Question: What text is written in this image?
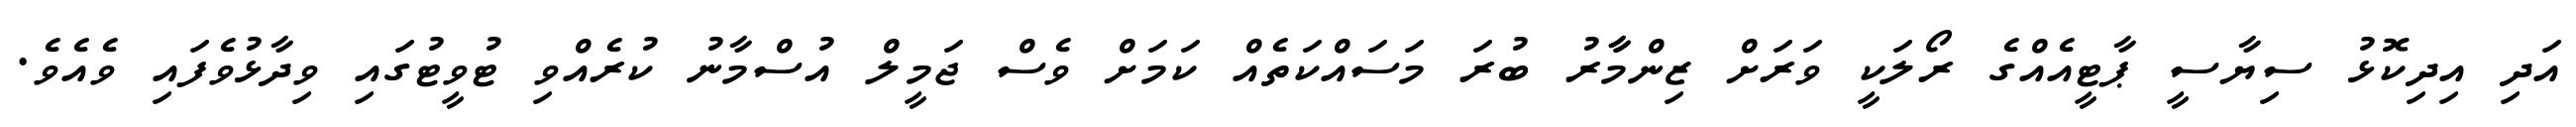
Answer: އަދި އިދިކޮޅު ސިޔާސީ ޕާޓީއެއްގެ ރޯލަކީ ވަރަށް ޒިންމާާރު ބުރަ މަސައްކަތެއް ކަމަށް ވެސް ޖަމީލް އުސްމާނު ކުރެއްވި ޓުވީޓުގައި ވިދާޅުވެފައި ވެއެވެ.